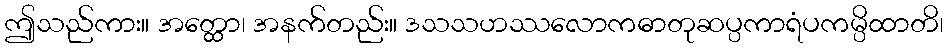
ဤသည်ကား။ အတ္ထော၊ အနက်တည်း။ ဒသသဟဿလောကဓာတုဆပ္ပကာရံပကမ္ပိထာတိ၊